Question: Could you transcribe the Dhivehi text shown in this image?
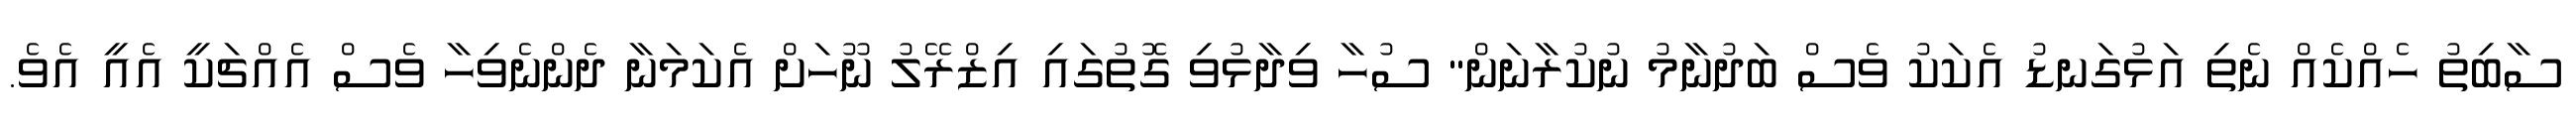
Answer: ސާބިތު ހެއްކެއް ނެތި އަޅުގަނޑު އެކަކު ވެސް ބަދުނާމު ނުކުރާނަން" ސުހާ ވިދާޅުވި ގޮތުގައި އިޒްރޭލު ނޫހަށް އެކަމަނާ ދެންނެވިހާ ވެސް އެއްޗަކީ އެއީ އެވެ.